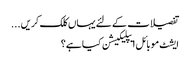
تفصیلات کے لئے یہاں کلک کریں...
ایشٹ موبائل ایپلیکیشن کیا ہے؟